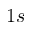
1 s